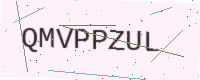
Text: QMVPPZUL